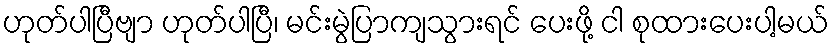
ဟုတ်ပါပြီဗျာ ဟုတ်ပါပြီ၊ မင်းမွဲပြာကျသွားရင် ပေးဖို့ ငါ စုထားပေးပါ့မယ်